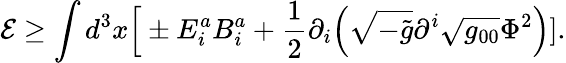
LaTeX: {\cal E}\geq\int d^{3}x\Big[\pm E_{i}^{a}B_{i}^{a}+{\frac{1}{2}}\partial_{i}\Big(\sqrt{-\tilde{g}}\partial^{i}\sqrt{g_{00}}\Phi^{2}\Big)].